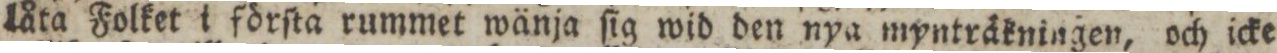
låta Folket i förſta rummet wänja ſig wid den nya myntråkningen, och icke